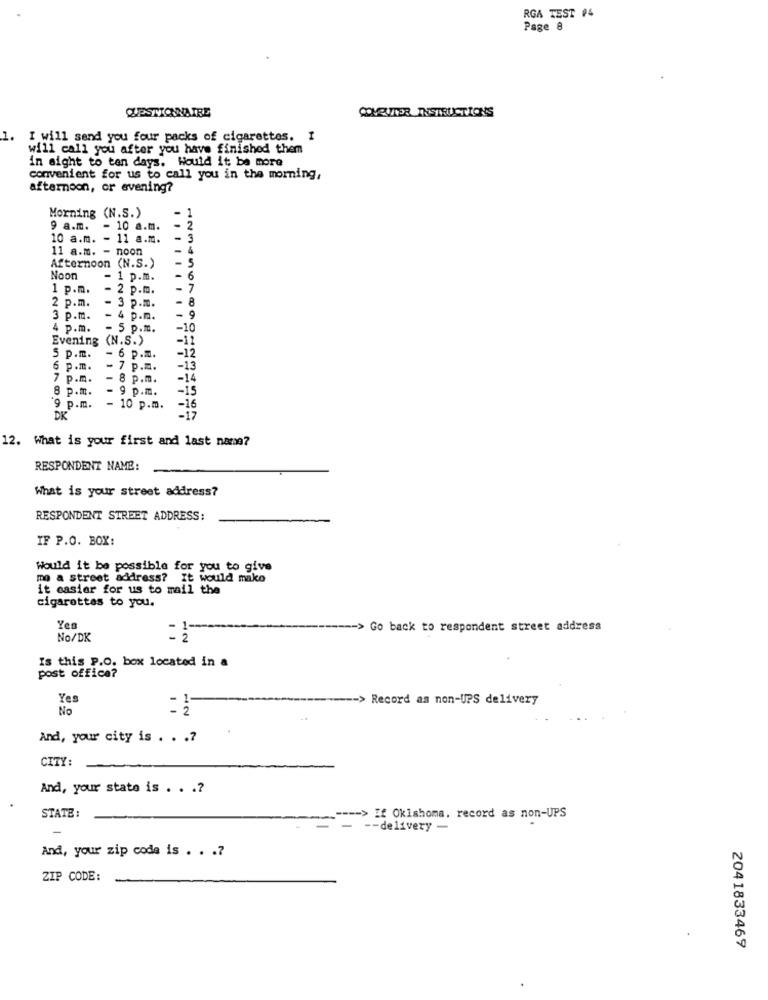
RGA TEST #4
Page 8
QUESTIONAIRE
COVEUTER INSTRUCTIONS
1.
I will send you four packs of cigarettes. I
will call you after you have finished them
in sight to ten days. Would it be more
convenient for us to call you in the morning,
afternoon, or evening?
Morning (N.S.)
9 a.m.
- 10 a.m.
10 a.m. - 11 a.m.
11 a.m. - noon
-
Afternoon (N.S.)
Noon
1 p.m.
1 p.m.
2 p.m.
567
8
2 p.m.
- 3 p.m.
3 p.m.
- 4 p.m.
9
4 p.m.
- 5 p.m.
-10
Evening (N.S.)
-12
-12
5 p.m.
- 6 p.m.
6 P.m.
- 7 p.m.
-13
7 P.m.
- 8 p.m.
-14
8 p.m.
- 9 p.m.
-15
-16
9 p.m.
- 10 p.m.
DK
-17
12.
What is your first and last name?
RESPONDENT NAME:
What is your street address?
RESPONDENT STREET ADDRESS:
IF P.O. BOX:
Would it be possible for you to give
mo a street address? It would make
it easier for us to mail the
cigarettes to you.
Yes
-- > Go back to respondent street address
No/DK
Is this P.O. box located in a
post office?
Yes
-> Record as non-UPS delivery
No
And, your city is . . .?
CITY:
And, your state is . . .?
STATE :
== > If Okishoma. record as non-UPS
-delivery -
And, your zip code is . . . 7
ZIP CODE:
2041833469